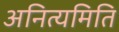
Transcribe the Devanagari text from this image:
अनित्यमिति